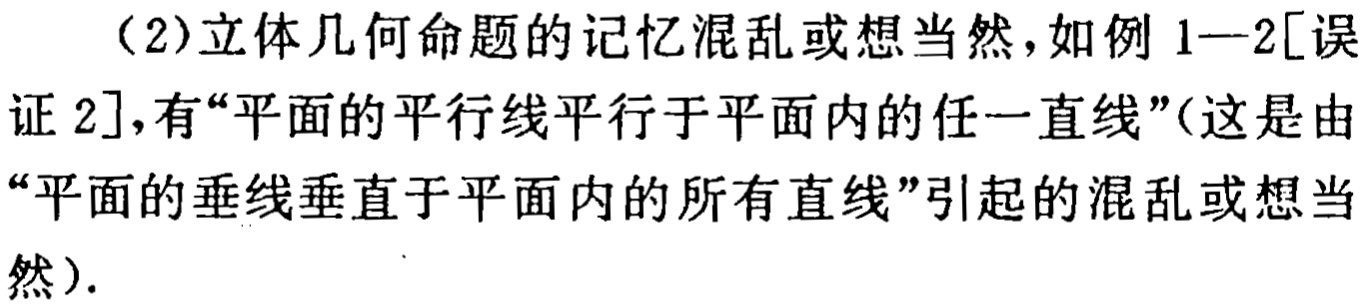
（2）立体几何命题的记忆混乱或想当然，如例 1—2[误证 2]，有“平面的平行线平行于平面内的任一直线”（这是由“平面的垂线垂直于平面内的所有直线”引起的混乱或想当然）.